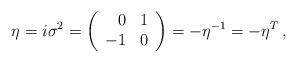
LaTeX: \begin{align*}\eta= i\sigma^{2} =\left(\begin{array}{rc}0 & 1 \\-1 & 0 \\\end{array}\right)=-\eta^{-1}=-\eta^{T}\, ,\end{align*}